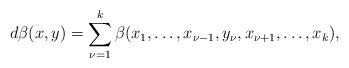
LaTeX: \begin{align*}d\beta(x,y)=\sum_{\nu=1}^k \beta(x_1,\ldots, x_{\nu-1},y_\nu,x_{\nu+1},\ldots,x_k),\end{align*}